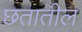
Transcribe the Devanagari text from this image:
छतातील